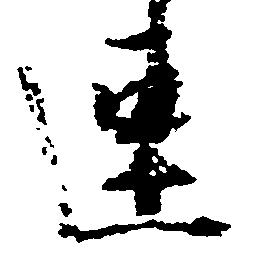
連